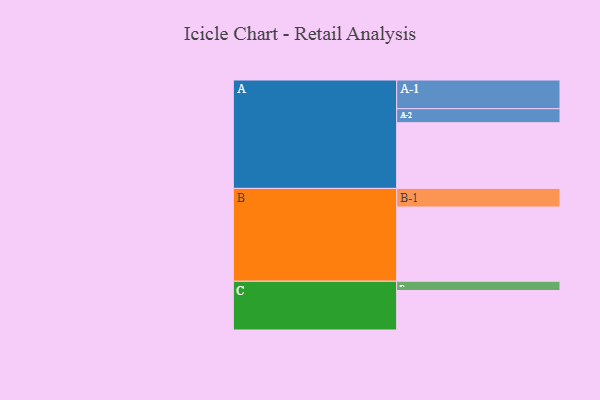
{"axis": {"x": "Segment", "y": "Value"}, "legend": ["", "A", "B", "C"], "data": [{"x": "A", "y": 511, "type": ""}, {"x": "B", "y": 577, "type": ""}, {"x": "C", "y": 307, "type": ""}, {"x": "A-1", "y": 223, "type": "A"}, {"x": "A-2", "y": 109, "type": "A"}, {"x": "B-1", "y": 145, "type": "B"}, {"x": "C-1", "y": 72, "type": "C"}]}